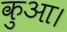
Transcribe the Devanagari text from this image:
कुआ।